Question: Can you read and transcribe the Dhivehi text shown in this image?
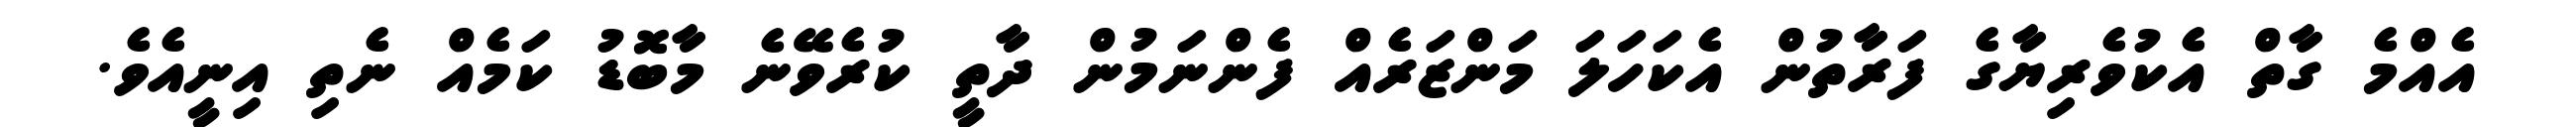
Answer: އެއްމެ ގާތް އެކުވެރިޔާގެ ފަރާތުން އެކަހަލަ މަންޒަރެއް ފެންނަމުން ދާތީ ކުރެވޭނެ މާބޮޑު ކަމެއް ނެތި އިނީއެވެ.